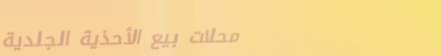
محلات بيع الأحذية الجلدية